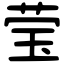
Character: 莹